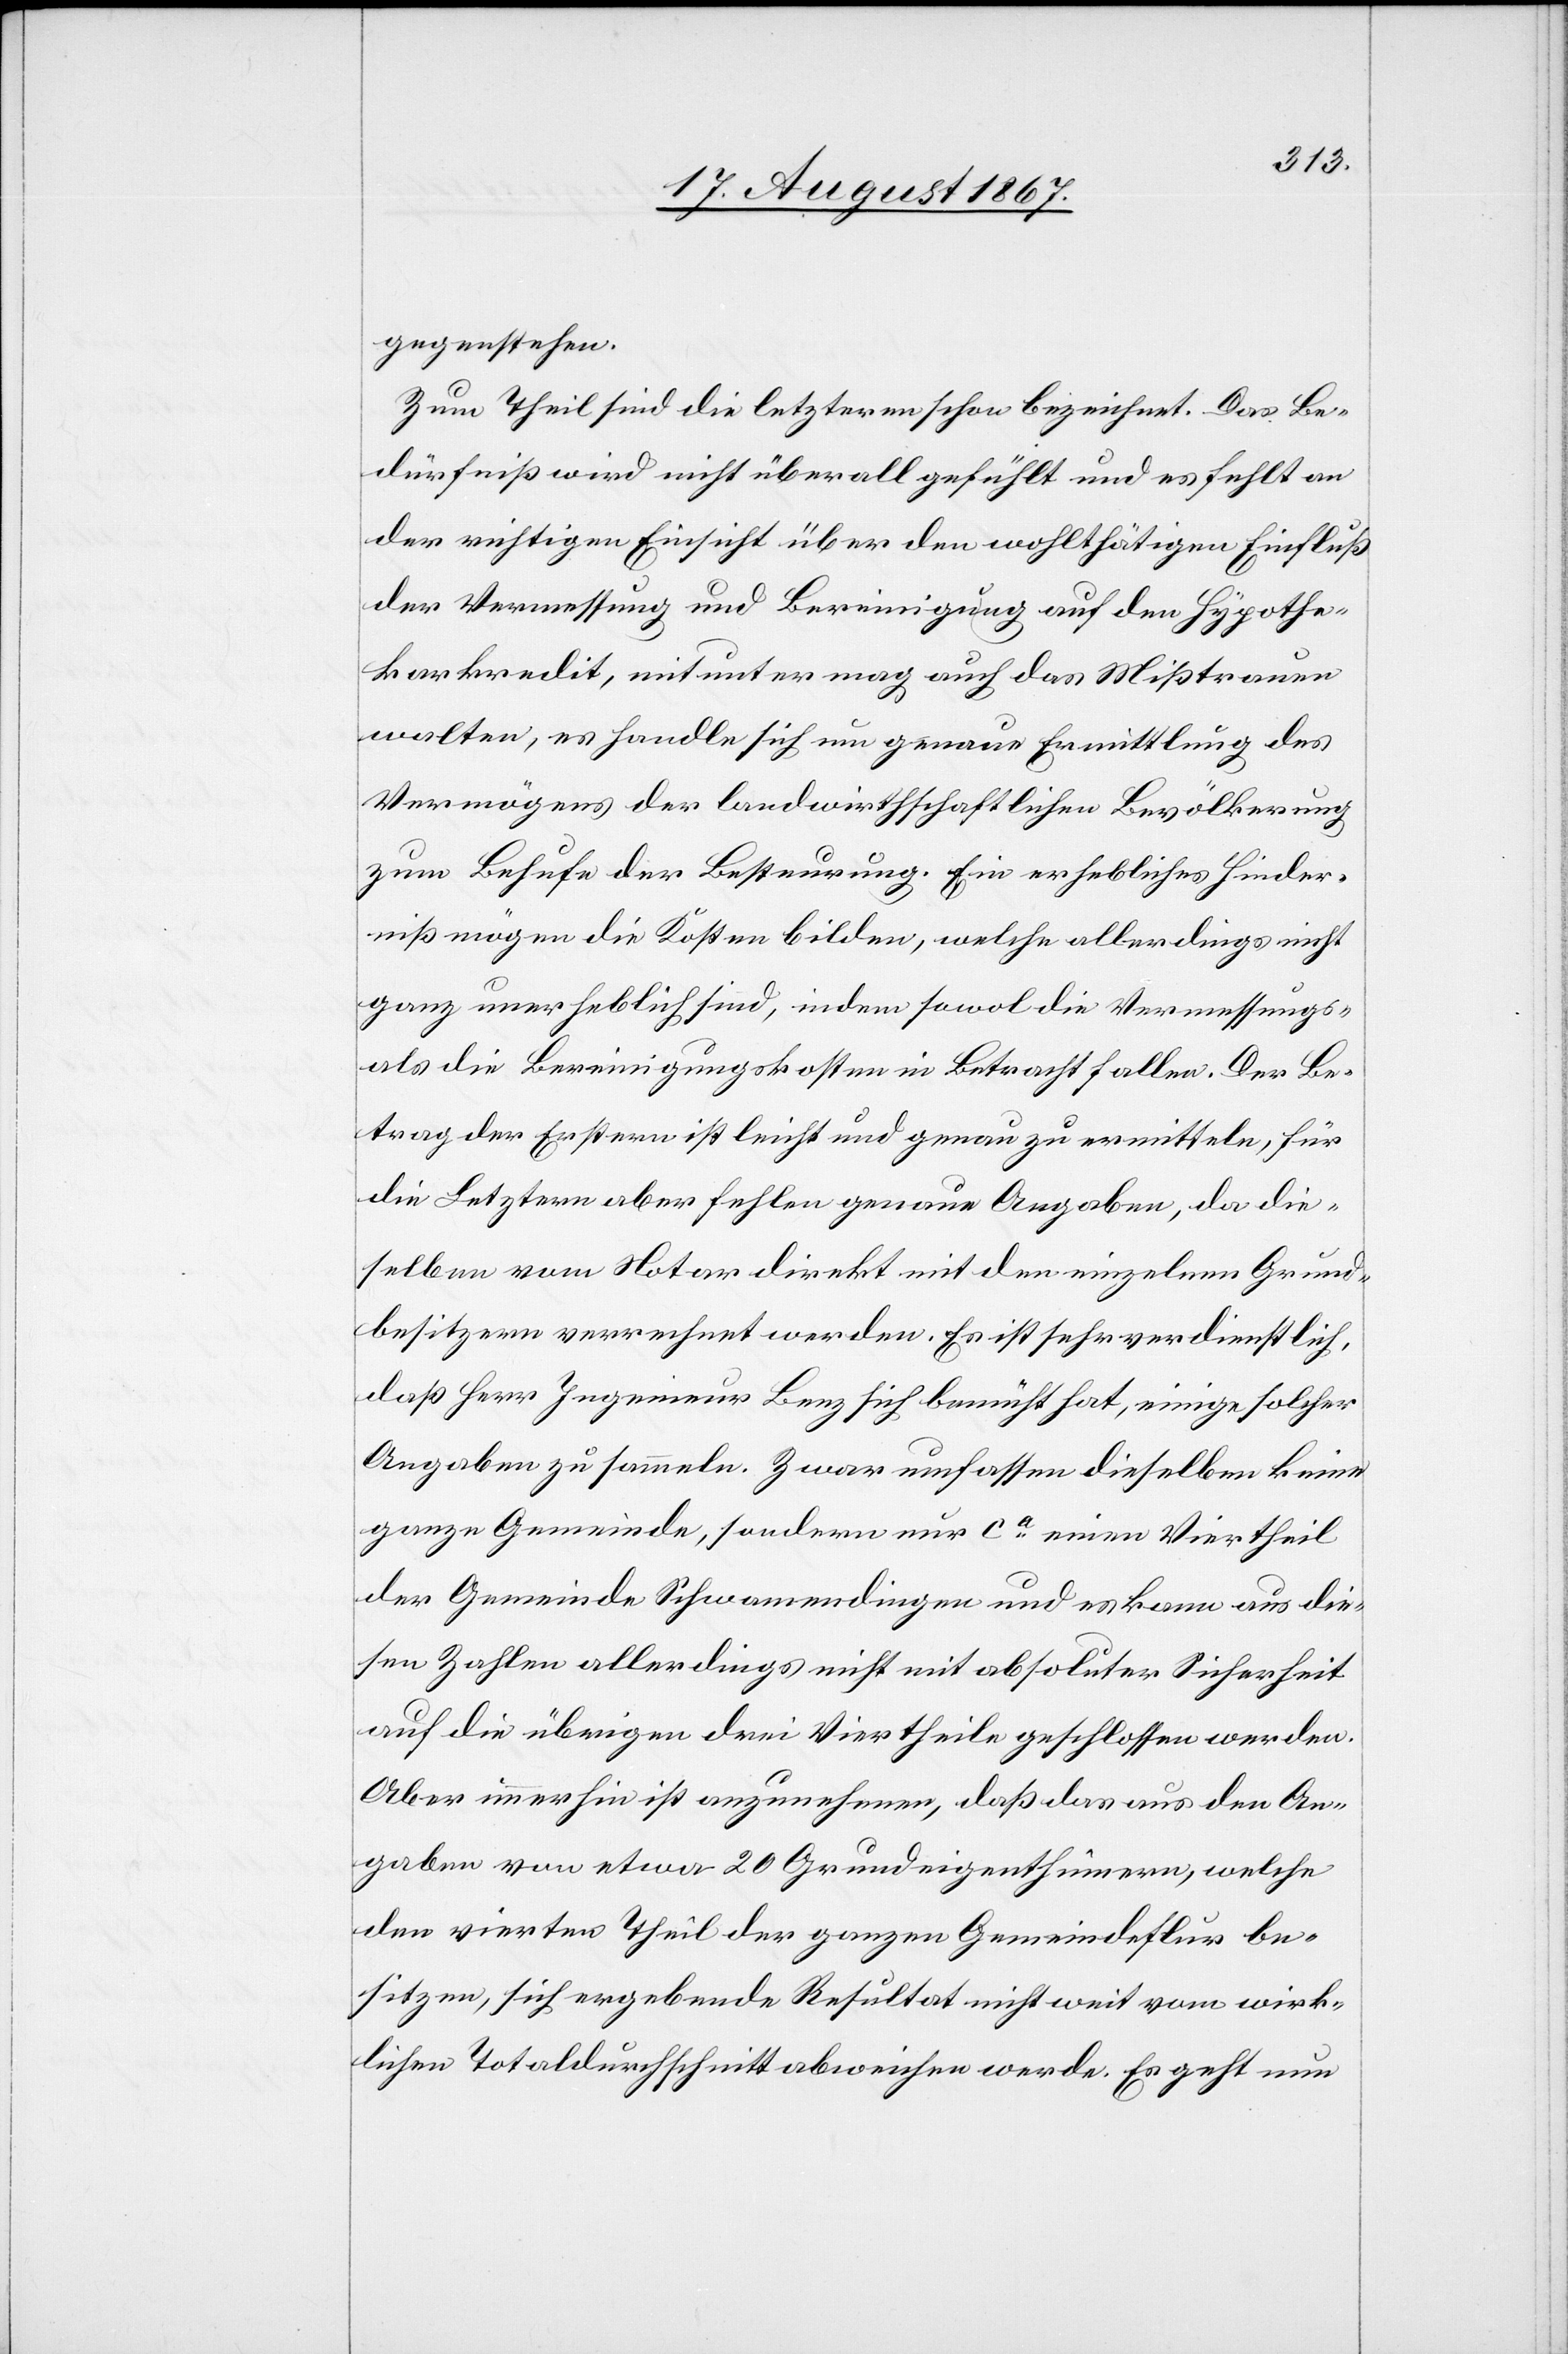
gegenstehen.
Zum Theil sind die letztern schon bezeichnet. Das Be¬
dürfniß wird nicht überall gefühlt und es fehlt an
der richtigen Einsicht über den wohlthätigen Einfluß
der Vermessung und Bereinigung auf den Hypothe¬
karkredit, mitunter mag auch das Mißtrauen
walten, es handle sich um genaue Ermittlung des
Vermögens der landwirthschaftlichen Bevölkerung
zum Behufe der Besteurung. Ein erhebliches Hinder¬
niß mögen die Kosten bilden, welche allerdings nicht
ganz unerheblich sind, indem sowol die Vermessungs-
als die Bereinigungskosten in Betracht fallen. Der Be¬
trag der Erstern ist leicht und genau zu ermitteln, für
die Letztern fehlen aber genaue Angaben, da die¬
selben vom Notar direkt mit den einzelnen Grund¬
besitzern verrechnet werden. Es ist sehr verdienstlich,
daß Herr Ingenieur Benz sich bemüht hat, einige solcher
Angaben zu sammeln. Zwar umfassen dieselbe keine
ganze Gemeinde, sondern nur ca. einen Viertheil
der Gemeinde Schwamendingen und es kann aus die¬
sen Zahlen allerdings nicht mit absoluter Sicherheit
auf die übrigen drei Viertheile geschlossen werden.
Aber immerhin ist anzunehmen, daß das aus den An¬
gaben von etwa 20 Grundeigenthümern, welche
den vierten Theil der ganzen Gemeindeflur be¬
sitzen, sich ergebende Resultat nicht weit vom wirk¬
lichen Totaldurchschnitt abweichen werde. Es geht nun